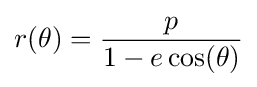
r(\theta )={\frac {p}{1-e\cos(\theta )}}